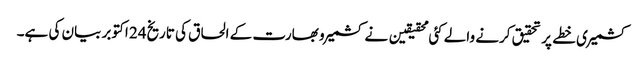
کشمیری خطے پر تحقیق کرنے والے کئی محقیقین نے کشمیر و بھارت کے الحاق کی تاریخ24 اکتوبر بیان کی ہے۔